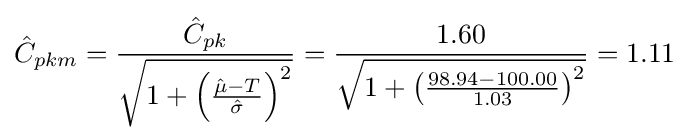
{\hat {C}}_{pkm}={\frac {{\hat {C}}_{pk}}{\sqrt {1+\left({\frac {{\hat {\mu }}-T}{\hat {\sigma }}}\right)^{2}}}}={\frac {1.60}{\sqrt {1+\left({\frac {98.94-100.00}{1.03}}\right)^{2}}}}=1.11